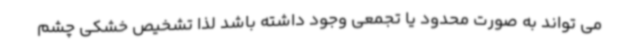
می تواند به صورت محدود یا تجمعی وجود داشته باشد لذا تشخیص خشکی چشم